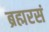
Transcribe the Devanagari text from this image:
ब्रह्मरसं